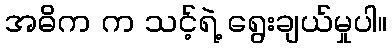
အဓိက က သင့်ရဲ့ ရွေးချယ်မှုပါ။